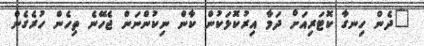
"ދެން ހިނގާ ކޮޓަރިއަށް ދަމާ އިރުކޮޅަކުން ކާން ނިކުންނަން ޖެހޭނެ ތިހެން ހުރެގެން